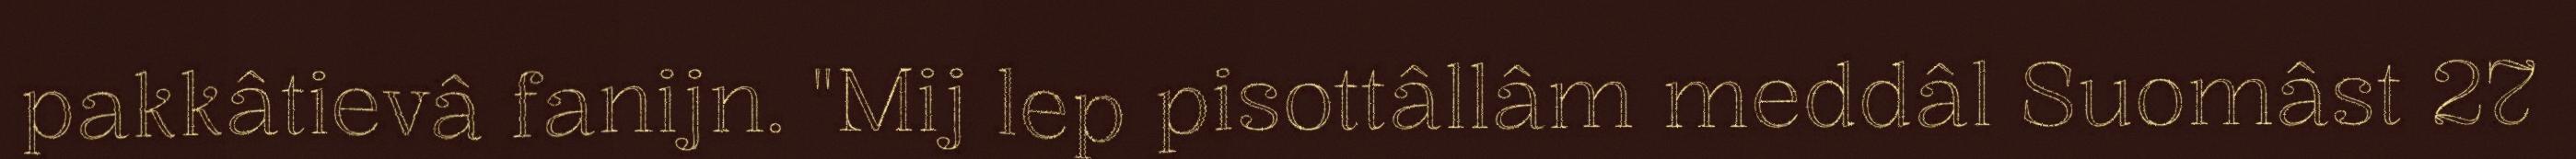
pakkâtievâ fanijn. "Mij lep pisottâllâm meddâl Suomâst 27